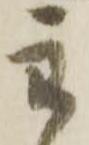
主